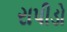
રાપીડો